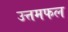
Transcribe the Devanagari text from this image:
उत्तमफल